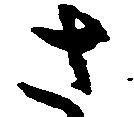
さ